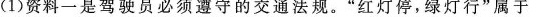
(1)资料一是驾驶员必须遵守的交通法规。”红灯停，绿灯行”属于